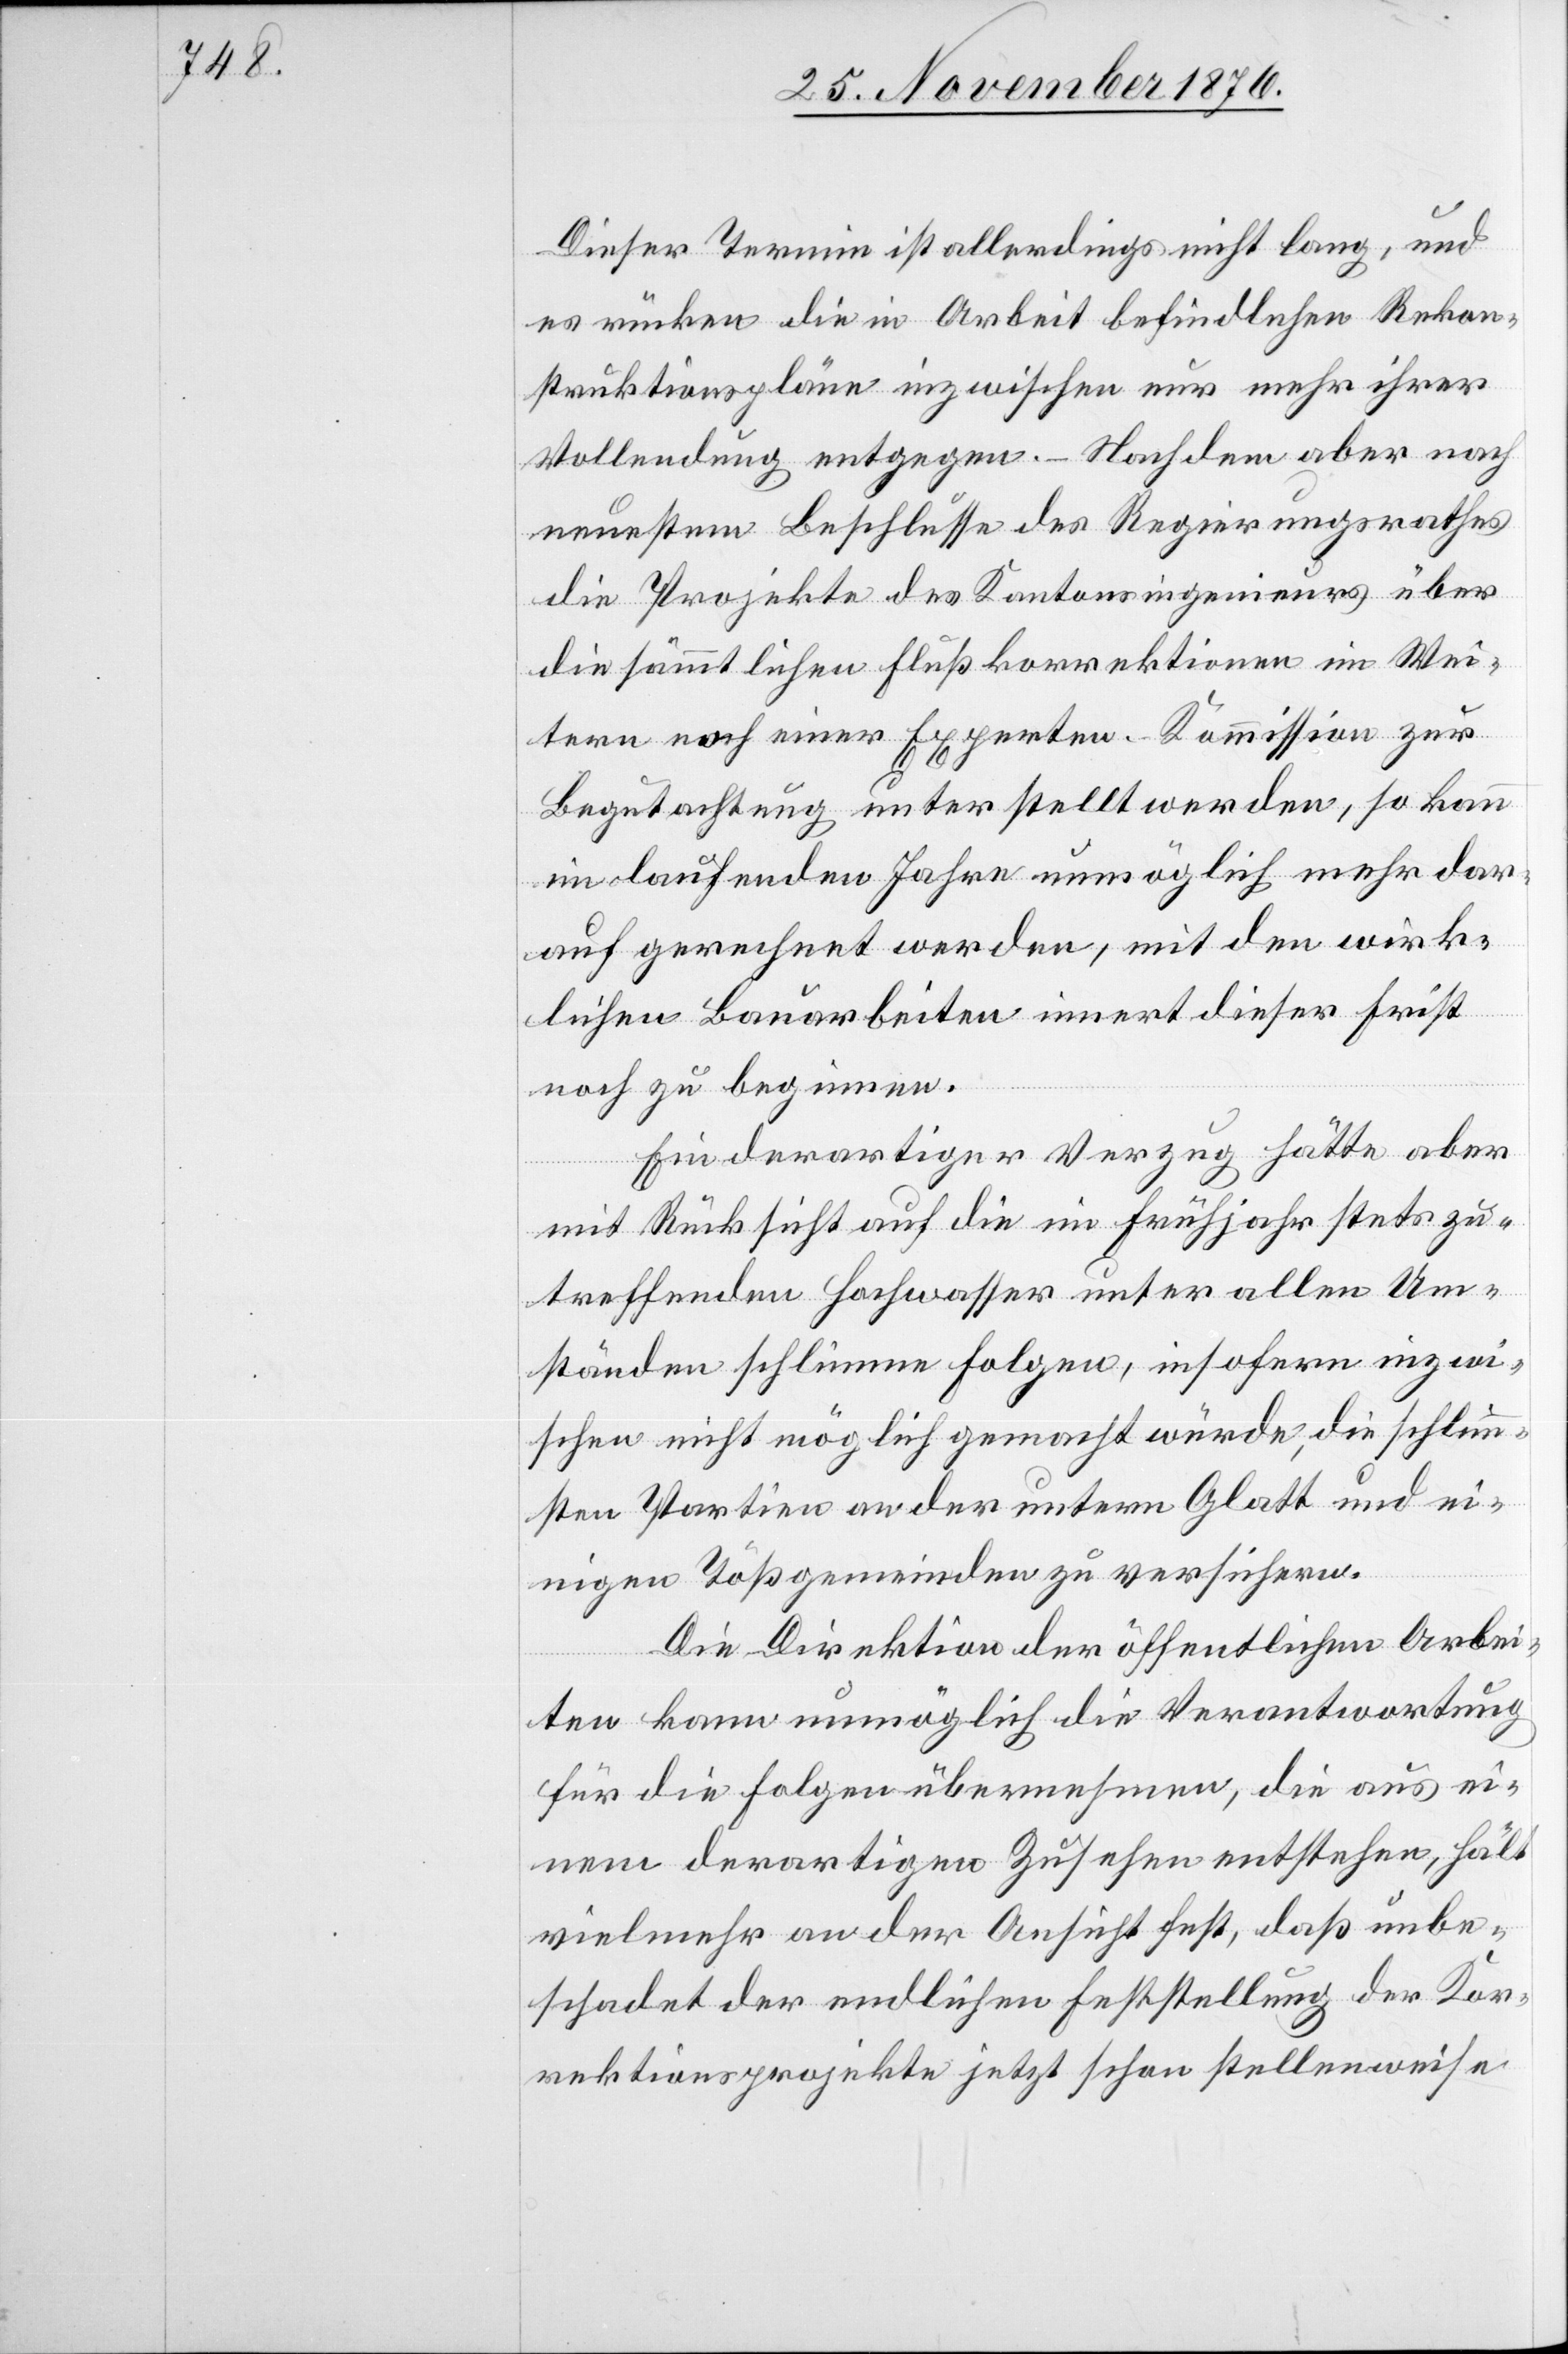
Dieser Termin ist allerdings nicht lang, und
es rücken die in Arbeit befindlichen Rekon¬
struktionspläne inzwischen nur mehr ihrer
Vollendung entgegen. – Nachdem aber nach
neuestem Beschlusse des Regierungsrathes
die Projekte des Kantonsingenieurs über
die sämmtlichen Flußkorrektionen im Wei¬
tern noch einer Experten-Kommission zur
Begutachtung unterstellt werden, so kann
im laufenden Jahre unmöglich mehr dar¬
auf gerechnet werden, mit den wirk¬
lichen Bauarbeiten innert dieser Frist
Ein derartiger Verzug hätte aber
mit Rücksicht auf die im Frühjahr stets zu¬
treffenden Hochwasser unter allen Um¬
ständen schlimme Folgen, insofern inzwi¬
schen nicht möglich gemacht würde, die schlimm¬
sten Partien an der untern Glatt und ei¬
nigen Tößgemeinden zu versichern.
Die Direktion der öffentlichen Arbei¬
ten kann unmöglich die Verantwortung
für die Folgen übernehmen, die aus ei¬
nem derartigen Zusehen entstehen, hält
vielmehr an der Ansicht fest, daß unbe¬
schadet der endlichen Feststellung der Kor¬
rektionsprojekte jetzt schon stellenweise